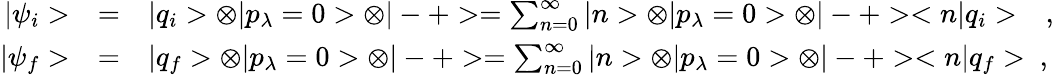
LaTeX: \begin{array}{rcl}{{|\psi_{i}>}}&{{=}}&{{|q_{i}>\otimes|p_{\lambda}=0>\otimes|-+>=\sum_{n=0}^{\infty}|n>\otimes|p_{\lambda}=0>\otimes|-+><n|q_{i}>\ \ \ ,}}\\ {{|\psi_{f}>}}&{{=}}&{{|q_{f}>\otimes|p_{\lambda}=0>\otimes|-+>=\sum_{n=0}^{\infty}|n>\otimes|p_{\lambda}=0>\otimes|-+><n|q_{f}>\ ,}}\end{array}